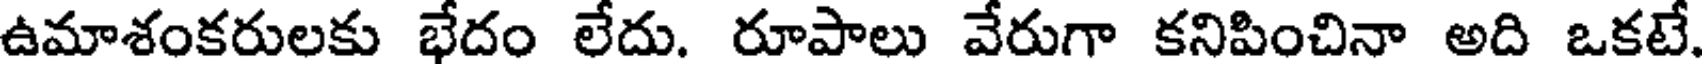
ఉమాశంకరులకు భేదం లేదు. రూపాలు వేరుగా కనిపించినా అది ఒకటే